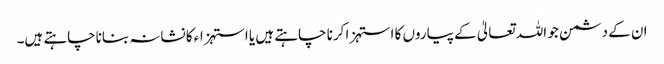
ان کے دشمن جو اللہ تعالیٰ کے پیاروں کا استہزا کرنا چاہتے ہیں یا استہزاء کا نشانہ بناناچاہتے ہیں۔